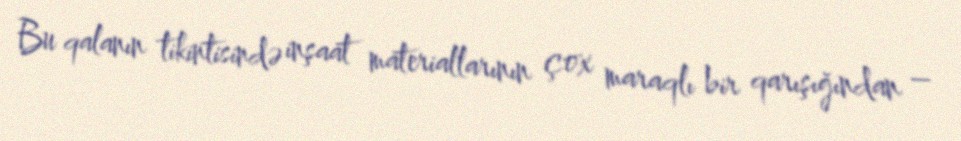
Bu qalanın tikintisində inşaat materiallarının çox maraqlı bir qarışığından –